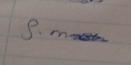
Signature authenticity: genuine